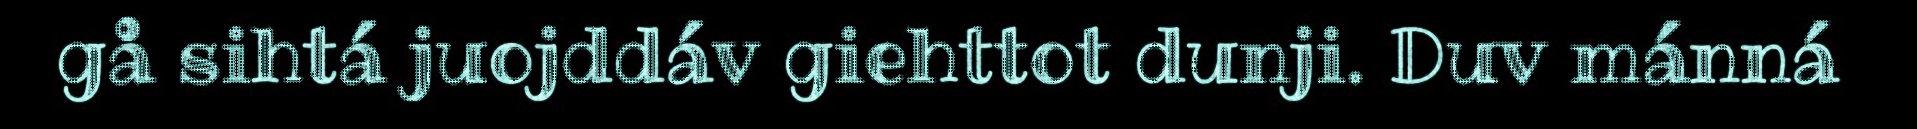
gå sihtá juojddáv giehttot dunji. Duv mánná